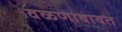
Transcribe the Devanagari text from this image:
वळणाबाबत